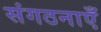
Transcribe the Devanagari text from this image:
संगठनाएँ